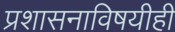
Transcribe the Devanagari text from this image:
प्रशासनाविषयीही